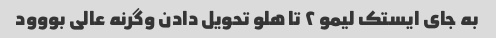
به جای ایستک لیمو ۲ تا هلو تحویل دادن وگرنه عالی بووود